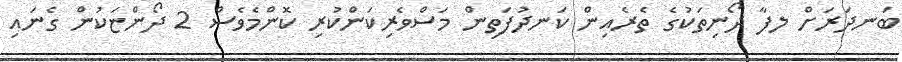
ބަނދަރަށް ލފާ ދޯނިތަކުގެ ތެރެއިން ކަނދުފަތިން މަސްވެރިކަންކުރި ކޮންމެވެސް 2 ދޯންޏަކުން ގެނައި